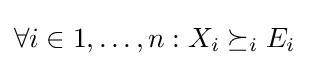
\forall i\in 1,\dots ,n:X_{i}\succeq _{i}E_{i}